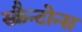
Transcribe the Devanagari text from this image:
स्क्रैन्टोन्स